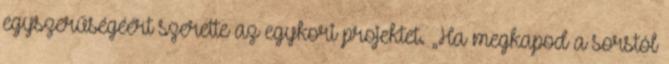
egyszerűségéért szerette az egykori projektet. „Ha megkapod a sorstól